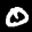
Label: 0